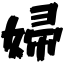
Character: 婦